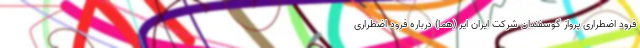
فرود اضطراری پرواز گوسفندان شرکت ایران ایر (هما) درباره فرود اضطراری